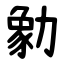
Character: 勨